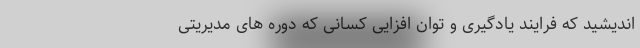
اندیشید که فرایند یادگیری و توان افزایی کسانی که دوره های مدیریتی